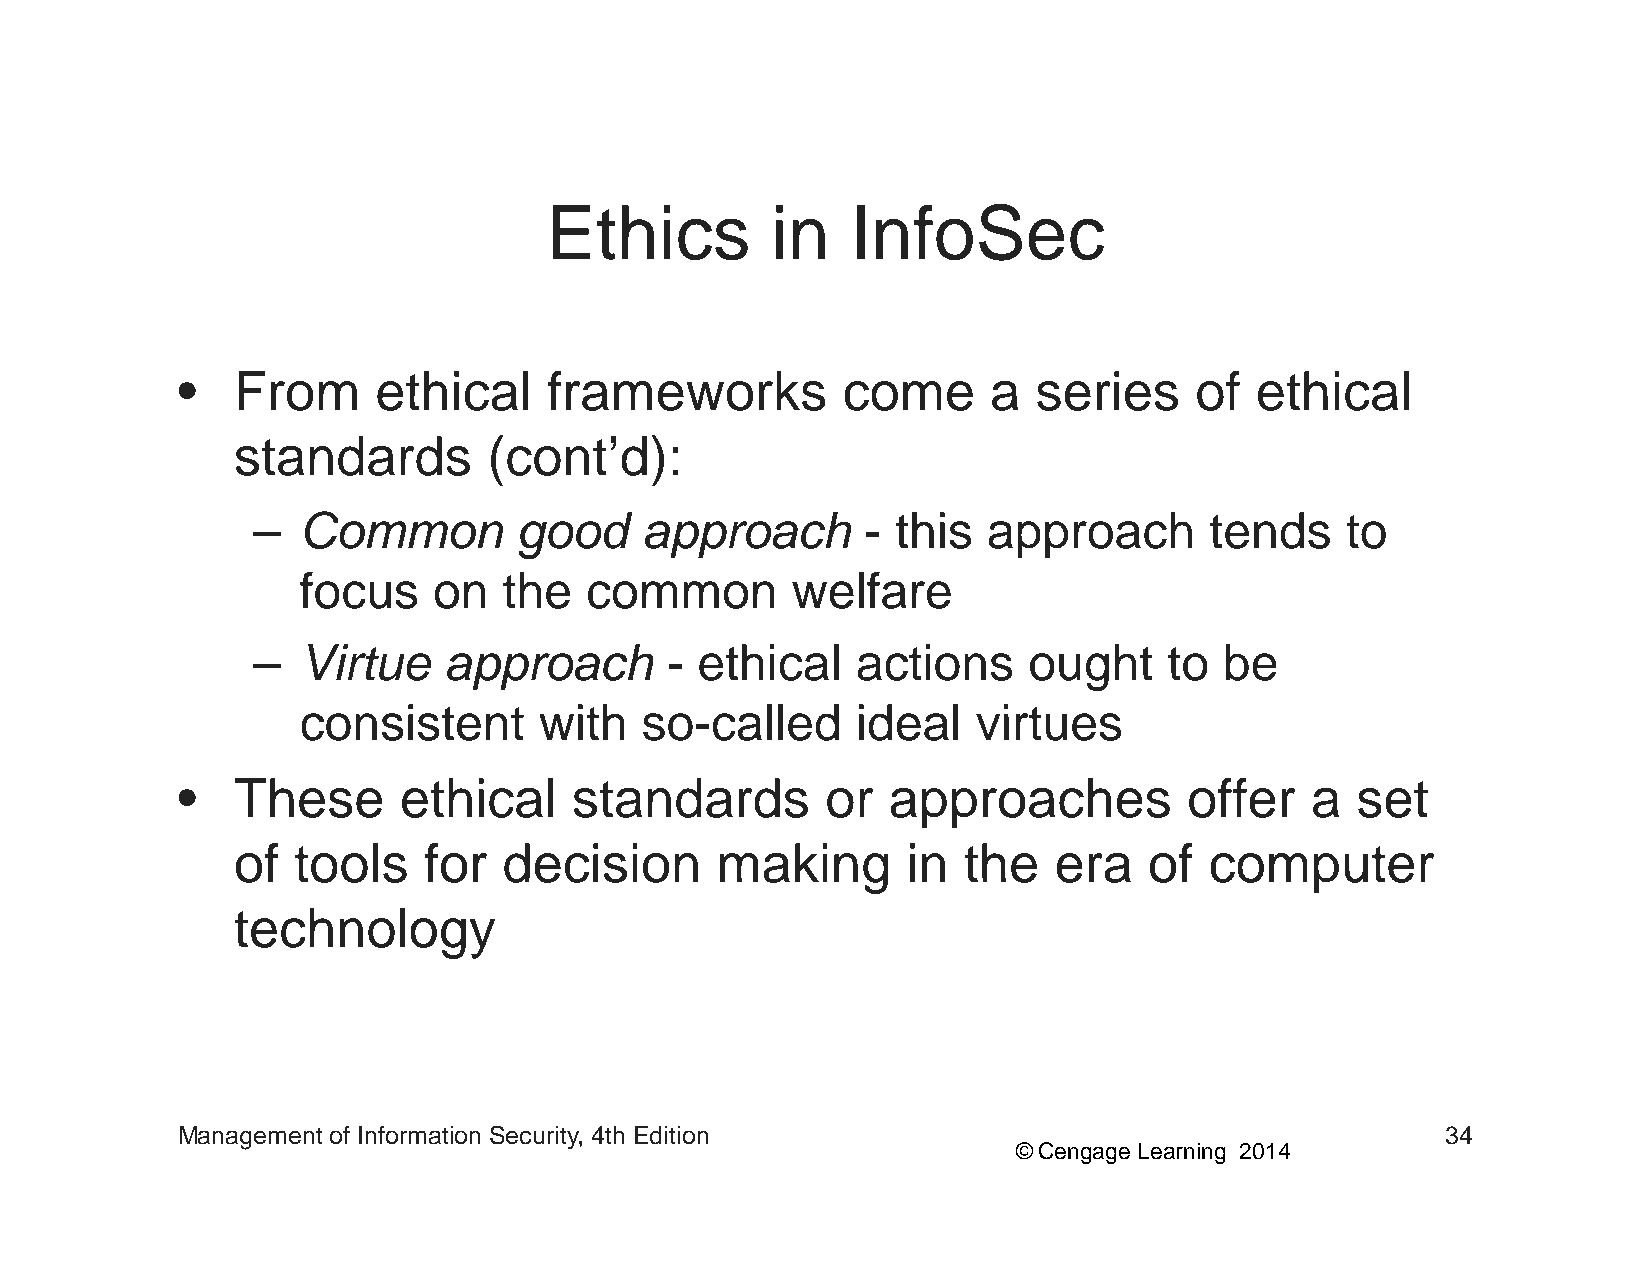
EEtthhiiccss   iinn IInnffooSSeecc
 •• FFrroomm  eetthhiiccaall ffrraammeewwoorrkkss ccoommee aa sseerriieess ooff eetthhiiccaall
 standards        (cont’d):
 –  Common        ggood   apppproach     - this  apppproach     tends    to
 focus    on  the   common       welfare
 –  Virtue   approach       - ethical    actions    ought    to  be
 ccoonnssiisstteenntt wwiitthh ssoo-ccaalllleedd iiddeeaall vviirrttuueess
 •  These      ethical     standards        or  approaches          offer   a  set
 ooff ttoooollss ffoorr ddeecciissiioonn mmaakkiinngg iinn tthhee eerraa ooff ccoommppuutteerr
 technology
 Management of Information Security, 4th Edition                                     34
 © Cengage Learning 2014